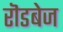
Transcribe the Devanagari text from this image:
रॊडबेज